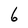
Character: 6